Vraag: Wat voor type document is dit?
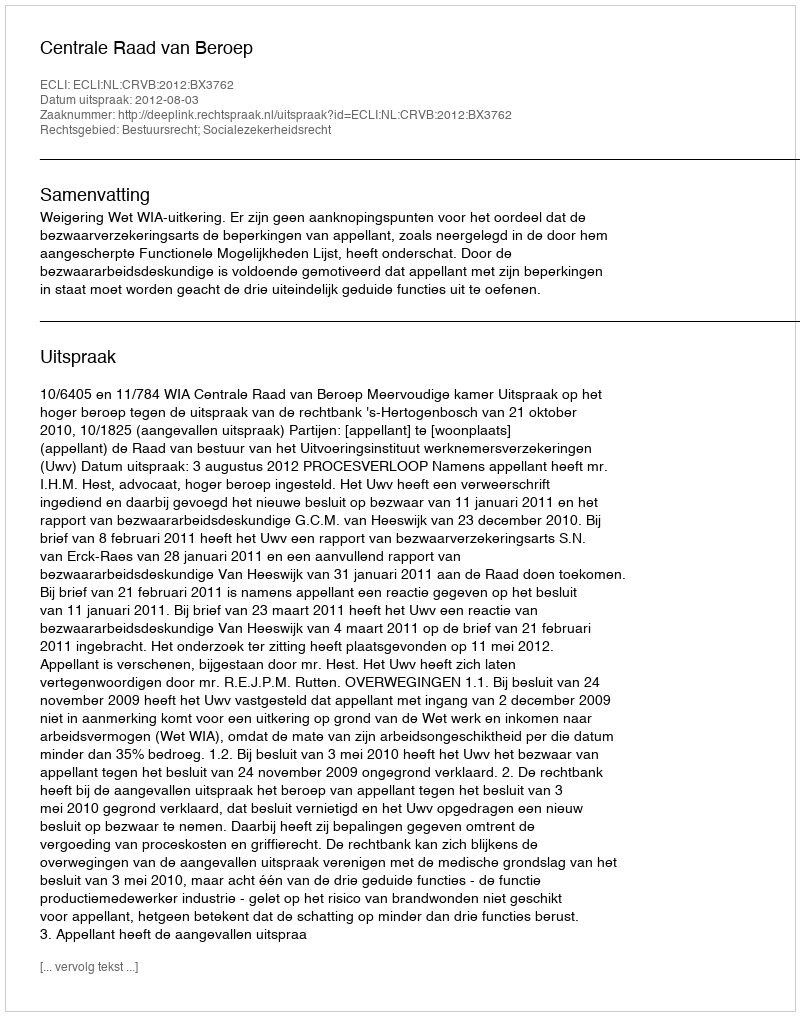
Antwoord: Uitspraak